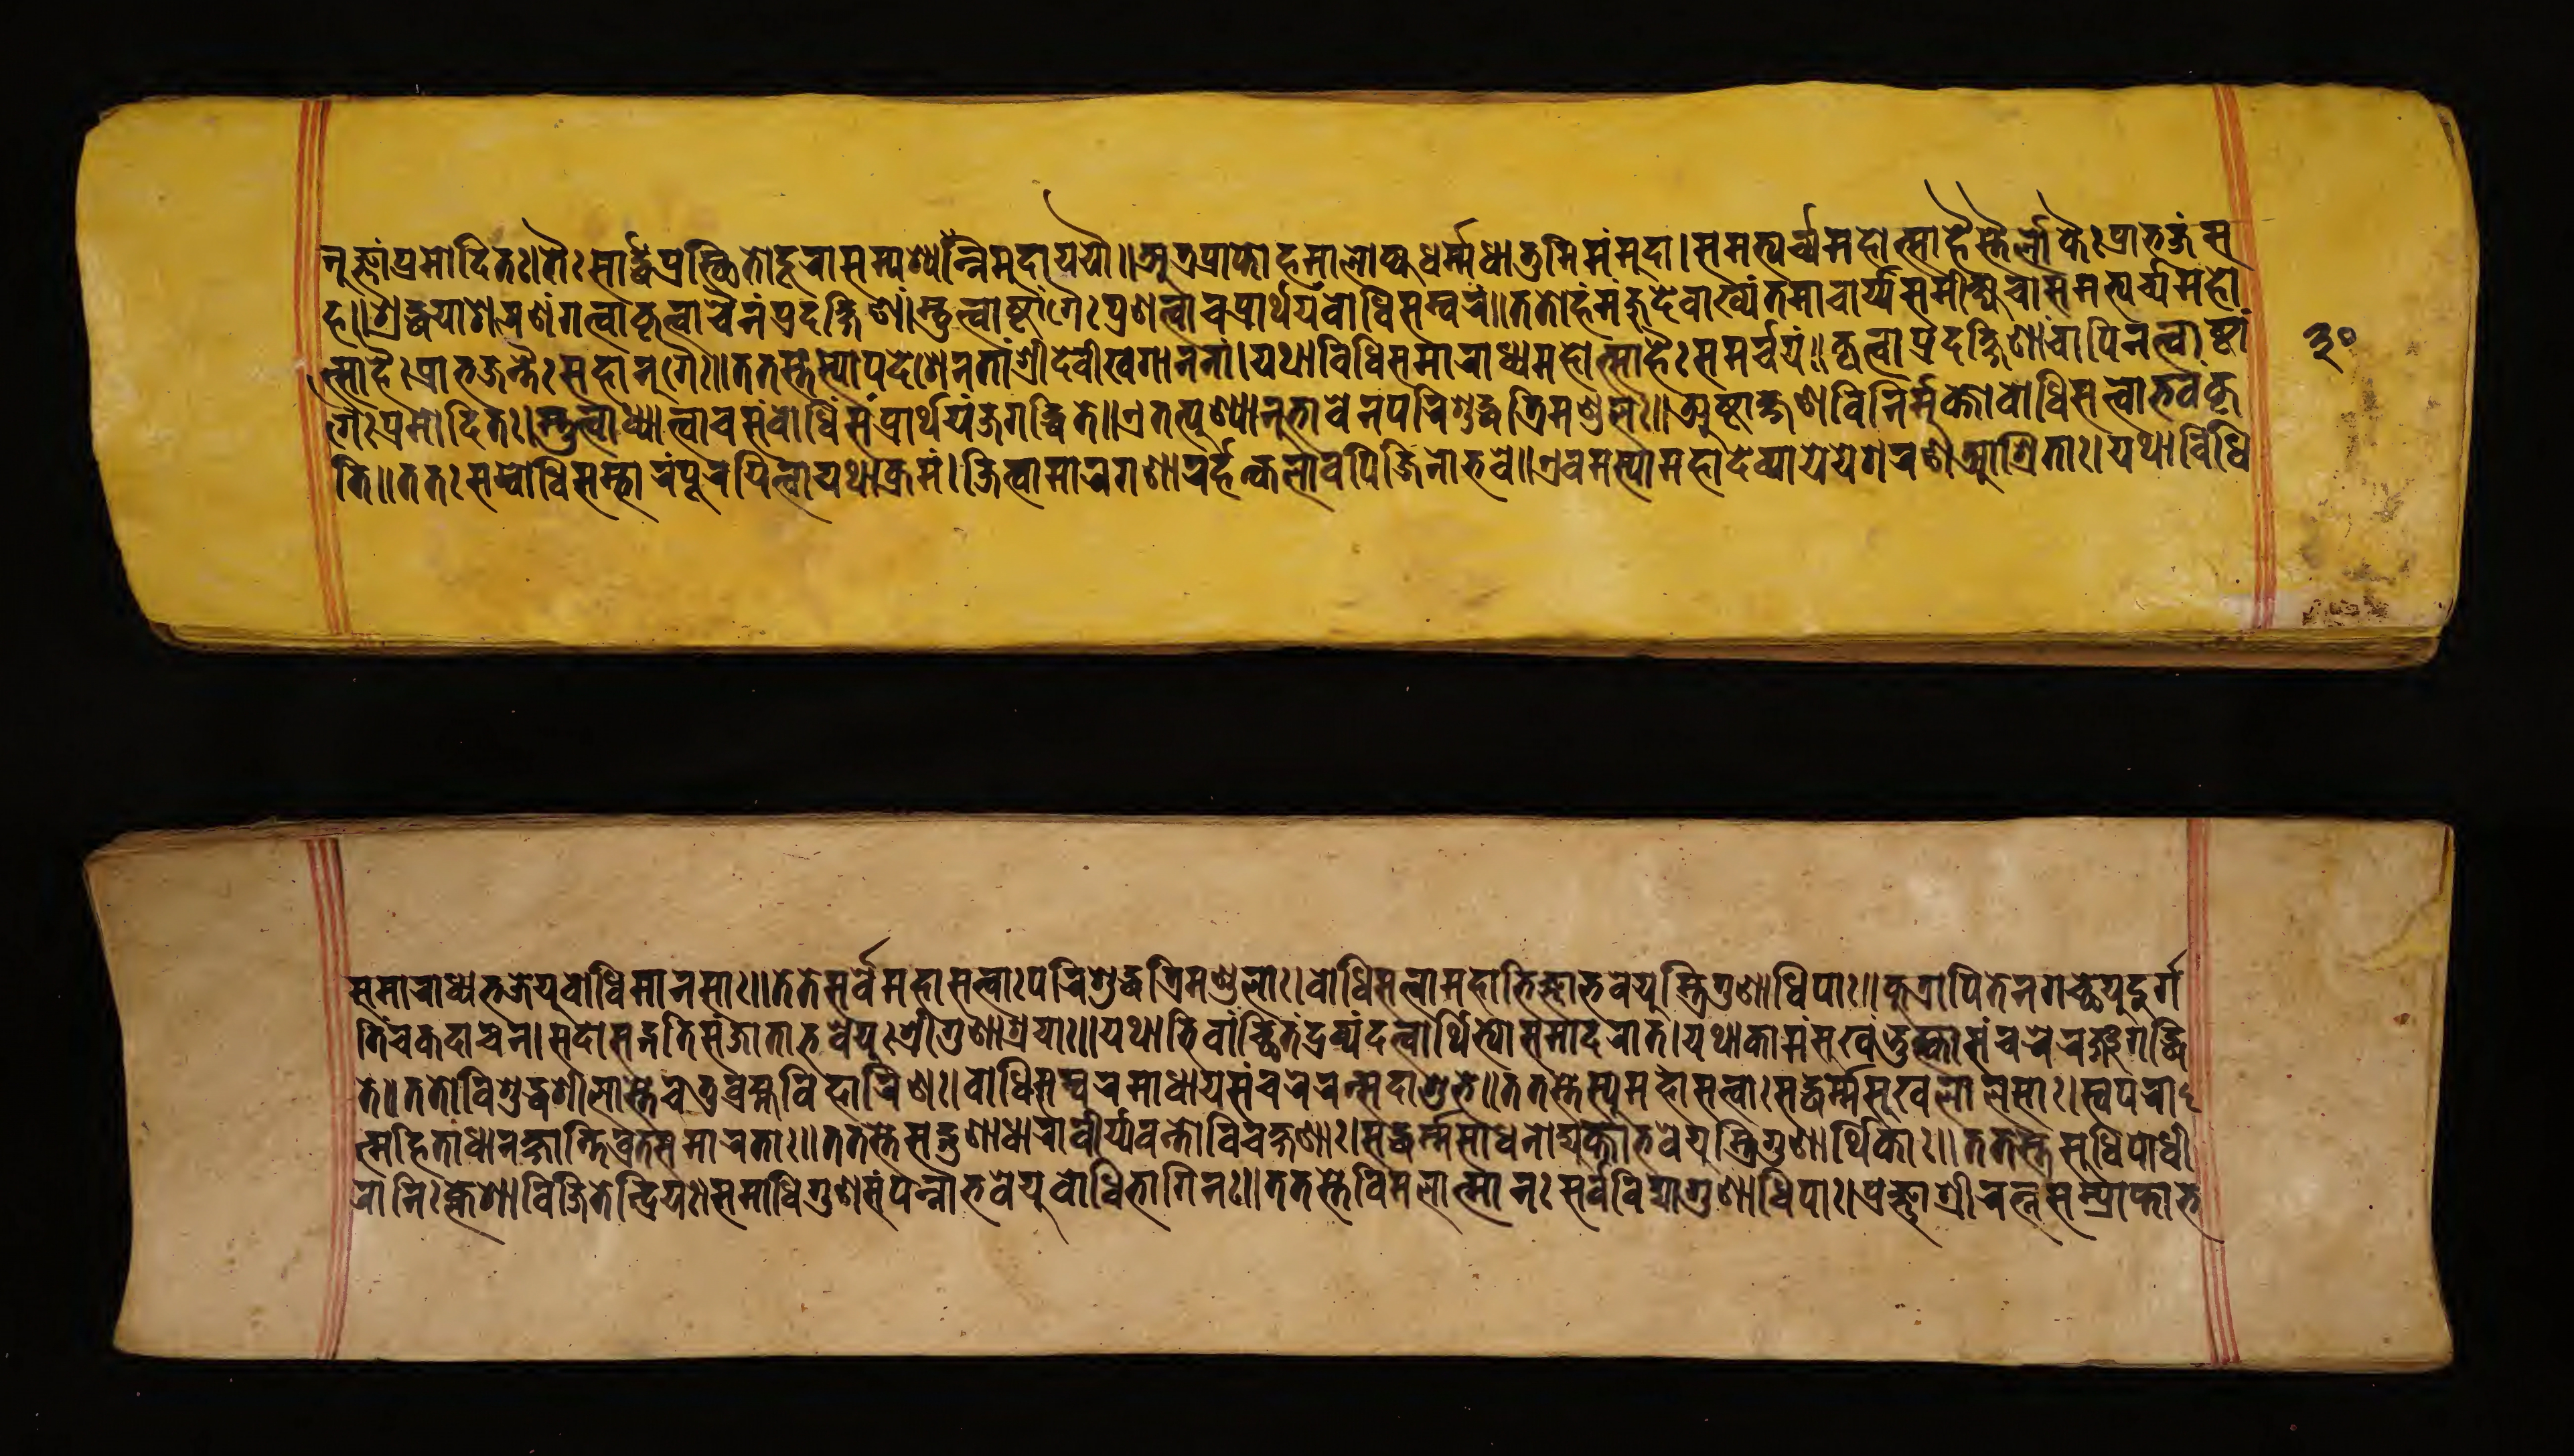
𑐣𑐸𑐖𑑂𑐘𑐵𑑄𑐥𑑂𑐬𑐩𑑀𑐡𑐶𑐟𑑅।𑐟𑐿𑑅𑐳𑐵𑐬𑑂𑐡𑑂𑐢𑑄𑐥𑑂𑐬𑐳𑑂𑐠𑐶𑐟𑑁𑐡𑐹𑐬𑐵𑐟𑑂𑐥𑐱𑑂𑐫𑐣𑑂𑐣𑐶𑐩𑑄𑐩𑐵𑐫𑐫𑑁॥𑐀𑐟𑑂𑐬𑐥𑑂𑐬𑐵𑐥𑑂𑐣𑑀𑐴𑑄𑐳𑐩𑐵𑐮𑑀𑐎𑑂𑐫𑐢𑐬𑑂𑐩𑑂𑐩𑐢𑐵𑐟𑐸𑐣𑑂𑐣𑐶𑐩𑑄𑐩𑐸𑐡𑐵।𑐳𑐩𑐨𑑂𑐫𑐬𑑂𑐔𑑂𑐫𑐩𑐴𑑀𑐟𑑂𑐳𑐵𑐴𑐿𑐳𑑂𑐟𑐿𑐮𑑀𑐎𑐿𑑅𑐥𑑂𑐬𑐵𑐨𑐖𑑄𑐳 𑐐𑐿𑑅𑐥𑑂𑐬𑐩𑑀𑐡𑐶𑐟𑑅।𑐳𑑂𑐟𑐸𑐟𑑂𑐰𑐵𑐢𑑂𑐫𑐵𑐟𑑂𑐰𑐵𑐔𑐳𑑄𑐧𑑀𑐢𑐶𑑄𑐳𑑄𑐥𑑂𑐬𑐵𑐬𑑂𑐠𑐫𑐖𑐐𑐡𑑂𑐢𑐶𑐟𑐾॥𑐊𑐟𑐟𑑂𑐥𑐸𑐞𑑂𑐫𑐵𑐣𑐸𑐨𑐵𑐰𑐾𑐣𑐥𑐬𑐶𑐱𑐸𑐡𑑂𑐢𑐟𑑂𑐬𑐶𑐩𑐞𑑂𑐜𑐮𑐵𑑅॥𑐀𑐲𑑂𑐚𑐵𑐎𑑂𑐲𑐞𑐰𑐶𑐣𑐶𑐬𑑂𑐩𑐸𑐎𑑂𑐟𑑀𑐧𑑀𑐢𑐶𑐳𑐟𑑂𑐟𑑂𑐰𑑀𑐨𑐰𑑄𑐎𑐺 𑐟𑐷॥𑐟𑐟𑑅𑐳𑐩𑑂𑐧𑑀𑐢𑐶𑐳𑑄𑐨𑐵𑐬𑑄𑐥𑐹𑐬𑐫𑐶𑐟𑑂𑐰𑐵𑐫𑐠𑐵𑐎𑑂𑐬𑐩𑑄।𑐖𑐶𑐟𑑂𑐰𑐵𑐩𑐵𑐬𑐐𑐞𑐵𑐣𑐬𑑂𑐴𑐣𑑂𑐎𑐮𑐵𑐰𑐥𑐶𑐖𑐶𑐣𑑀𑐨𑐰𑐾॥𑐊𑐰𑐩𑐳𑑂𑐫𑐵𑐩𑐴𑐵𑐡𑐾𑐰𑑂𑐫𑐵𑑅𑐫𑐾𑐫𑐾𑐱𑐬𑐞𑐁𑐱𑑂𑐬𑐶𑐟𑐵𑑅।𑐫𑐠𑐵𑐰𑐶𑐢𑐶 𑐳𑐩𑐵𑐬𑐵𑐢𑑂𑐫𑐨𑐖𑐾𑐫𑐸𑐧𑑀𑐢𑐶𑐩𑐵𑐣𑐳𑐵𑑅॥𑐟𑐾𑐟𑐾𑐳𑐬𑑂𑐰𑐾𑐩𑐴𑐵𑐳𑐟𑑂𑐟𑑂𑐰𑐵𑑅𑐥𑐬𑐶𑐱𑐸𑐡𑑂𑐢𑐟𑑂𑐬𑐶𑐩𑐞𑑂𑐜𑐮𑐵𑑅।𑐧𑑀𑐢𑐶𑐳𑐟𑑂𑐟𑑂𑐰𑐵𑐩𑐴𑐵𑐨𑐶𑐖𑑂𑐘𑐵𑐨𑐰𑐾𑐫𑐸𑐳𑑂𑐟𑑂𑐬𑐶𑐐𑐸𑐞𑐵𑐢𑐶𑐥𑐵𑑅॥𑐎𑐸𑐟𑑂𑐬𑐵𑐥𑐶𑐟𑐾𑐣𑐐𑐔𑑂𑐕𑐾𑐟𑑂𑐡𑐸𑐬𑑂𑐐 𑐟𑐶𑑄𑐔𑐎𑐡𑐵𑐔𑐣।𑐳𑐡𑐵𑐳𑐒𑑂𑐐𑐟𑐶𑐳𑑄𑐖𑐵𑐟𑐨𑐰𑐾𑐫𑐸𑑅𑐱𑑂𑐬𑐷𑐐𑐸𑐞𑐵𑐱𑑂𑐬𑐫𑐵𑑅॥𑐫𑐠𑐵𑐨𑐶𑐰𑐵𑐔𑑂𑐕𑐶𑐟𑑄𑐡𑑂𑐬𑐰𑑂𑐫𑑄𑐡𑐟𑑂𑐰𑐵𑐬𑑂𑐠𑐶𑐨𑑂𑐫𑑀𑐳𑐩𑐵𑐡𑐬𑐵𑐟𑑂।𑐫𑐠𑐵𑐎𑐵𑐩𑑄𑐳𑐸𑐏𑑄𑐨𑐸𑐎𑑂𑐟𑑂𑐰𑐵𑐳𑐘𑑂𑐔𑐬𑐾𑐬𑐘𑑂𑐖𑐐𑐡𑑂𑐢𑐶 𑐴॥𑐱𑑂𑐬𑐡𑑂𑐢𑐫𑐵𑐱𑐬𑐞𑑄𑐐𑐟𑑂𑐰𑐵𑐎𑐺𑐟𑑂𑐰𑐵𑐔𑐿𑐣𑑄𑐥𑑂𑐬𑐡𑐎𑑂𑐲𑐶𑐞𑐵𑑄।𑐳𑑂𑐟𑐸𑐟𑑂𑐰𑐵𑐲𑑂𑐚𑐵𑑄𑐐𑐿𑑅𑐥𑑂𑐬𑐞𑐟𑑂𑐰𑐵𑐔𑐥𑑂𑐬𑐵𑐬𑑂𑐠𑐫𑑄𑐧𑑀𑐢𑐶𑐳𑐩𑑂𑐰𑐬𑑄॥𑐟𑐟𑑀𑐴𑑄𑐩𑐘𑑂𑐖𑐸𑐡𑐾𑐰𑐵𑐏𑑂𑐫𑑄𑐟𑐩𑐵𑐔𑐵𑐬𑑂𑐫𑐳𑐩𑐷𑐎𑑂𑐲𑑂𑐫𑐔।𑐳𑐩𑐨𑑂𑐫𑐬𑑂𑐔𑑂𑐫𑐩𑐴𑑀 𑐟𑑂𑐳𑐵𑐴𑐿𑑅𑐥𑑂𑐬𑐵𑐨𑐖𑐢𑑂𑐰𑑄𑐳𑐴𑐵𑐣𑐸𑐐𑐿𑑅॥𑐟𑐟𑐳𑑂𑐟𑐳𑑂𑐫𑑀𑐥𑐡𑐾𑐱𑐟𑐵𑑄𑐱𑑂𑐬𑐷𑐡𑐾𑐰𑐷𑑄𑐏𑐐𑐵𑐣𑐣𑐵𑑄।𑐫𑐠𑐵𑐰𑐶𑐢𑐶𑐳𑐩𑐵𑐬𑐵𑐢𑑂𑐫𑐩𑐴𑑀𑐟𑑂𑐳𑐵𑐴𑐿𑑅𑐳𑐩𑐬𑑂𑐔𑐫𑑄॥𑐎𑐺𑐟𑑂𑐰𑐵𑐥𑑂𑐬𑐡𑐎𑑂𑐲𑐶𑐞𑐵𑑄𑐔𑐵𑐥𑐶𑐣𑐟𑑂𑐰𑐵𑐲𑑂𑐚𑐵𑑄 𑐟𑐾॥𑐟𑐟𑑀𑐰𑐶𑐱𑐸𑐡𑑂𑐢𑐱𑐷𑐮𑐵𑐳𑑂𑐟𑐾𑐔𑐟𑐸𑐬𑑂𑐧𑑂𑐬𑐴𑑂𑐩𑐰𑐶𑐴𑐵𑐬𑐶𑐞𑑅।𑐧𑑀𑐢𑐶𑐳𑐟𑑂𑐟𑑂𑐰𑐳𑐩𑑂𑐰𑐬𑐩𑐵𑐢𑐵𑐫𑐳𑑄𑐔𑐬𑐾𑐬𑐣𑑂𑐳𑐡𑐵𑐱𑐸𑐨𑐾॥𑐟𑐟𑐳𑑂𑐟𑐾𑐳𑑂𑐫𑐸𑐬𑑂𑐩𑐴𑐵𑐳𑐟𑑂𑐟𑑂𑐰𑐵𑑅𑐳𑐡𑑂𑐢𑐬𑑂𑐩𑑂𑐩𑐳𑐸𑐏𑐮𑐵𑐮𑐳𑐵𑑅।𑐳𑑂𑐰𑐥𑐬𑐵 𑐬𑐵𑐣𑐶𑑅𑐎𑑂𑐮𑐾𑐱𑐵𑐰𑐶𑐖𑐶𑐟𑐾𑐣𑑂𑐡𑑂𑐬𑐶𑐫𑐵𑑅।𑐳𑐩𑐵𑐢𑐶𑐐𑐸𑐞𑐳𑐩𑑂𑐥𑐣𑑂𑐣𑐵𑐨𑐰𑐾𑐫𑐸𑐧𑑀𑐢𑐶𑐫𑑀𑐐𑐶𑐣𑑅॥𑐟𑐟𑐳𑑂𑐟𑐾𑐰𑐶𑐩𑐮𑐵𑐟𑑂𑐩𑐵𑐣𑑅𑐳𑐬𑑂𑐰𑐰𑐶𑐡𑑂𑐫𑐵𑐐𑐸𑐞𑐵𑐢𑐶𑐥𑐵𑑅।𑐥𑑂𑐬𑐖𑑂𑐘𑐵𑐱𑑂𑐬𑐷𑐬𑐟𑑂𑐣𑐳𑑄𑐥𑑂𑐬𑐵𑐥𑑂𑐟𑑀𑐨 𑐟𑑂𑐩𑐴𑐶𑐟𑐵𑐢𑐵𑐬𑐎𑑂𑐲𑐵𑐣𑑂𑐟𑐶𑐰𑑂𑐬𑐟𑐳𑐩𑐵𑐬𑐟𑐵𑑅॥𑐟𑐟𑐳𑑂𑐟𑐾𑐳𑐡𑑂𑐐𑐸𑐞𑐵𑐢𑐵𑐬𑐵𑐰𑐷𑐬𑑂𑐫𑐰𑐣𑑂𑐟𑑀𑐰𑐶𑐔𑐎𑑂𑐲𑐞𑐵𑑅।𑐳𑐡𑑂𑐢𑐬𑑂𑐩𑑂𑐩𑐳𑐵𑐢𑐣𑑀𑐡𑑂𑐫𑐸𑐎𑑂𑐟𑐵𑐨𑐰𑐾𑐫𑐸𑐳𑑂𑐟𑑂𑐬𑐶𑐐𑐸𑐞𑐵𑐬𑑂𑐠𑐶𑐎𑐵𑑅॥𑐟𑐟𑐳𑑂𑐟𑐾𑐳𑐸𑐢𑐶𑐫𑑀𑐢𑐷 𑑓𑑐